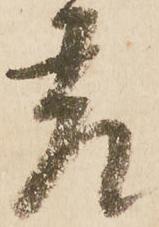
差